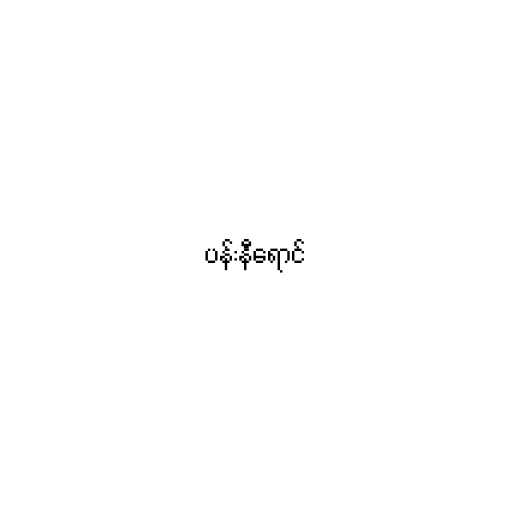
ပန်းနီရောင်